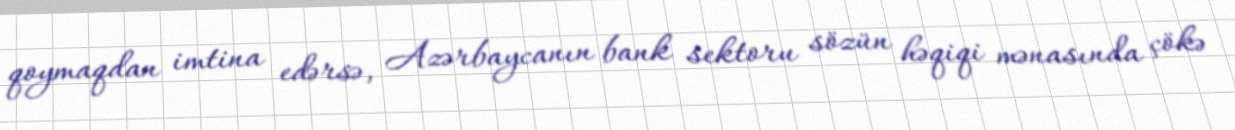
qoymaqdan imtina edərsə, Azərbaycanın bank sektoru sözün həqiqi mənasında çökə